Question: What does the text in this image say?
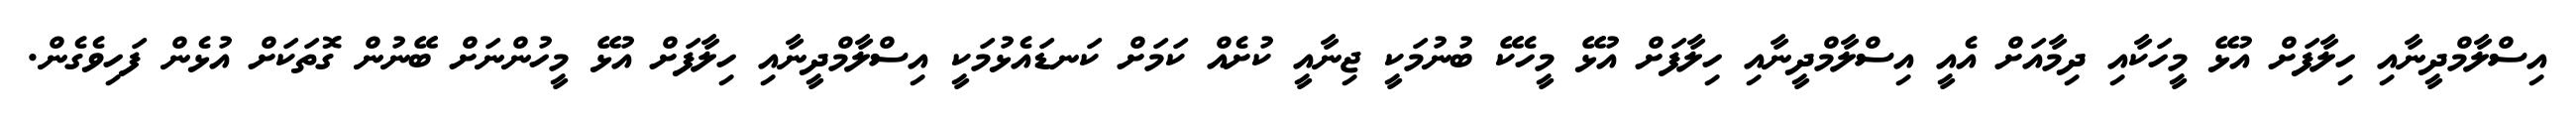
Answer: އިސްލާމްދީނާއި ހިލާފަށް އުޅޭ މީހަކާއި ދިމާއަށް އެއީ އިސްލާމްދީނާއި ހިލާފަށް އުޅޭ މީހެކޭ ބުނުމަކީ ޖިނާއީ ކުށެއް ކަމަށް ކަނޑައެޅުމަކީ އިސްލާމްދީނާއި ހިލާފަށް އުޅޭ މީހުންނަށް ބޭނުން ގޮތަކަށް އުޅެން ފަހިވެގެން.